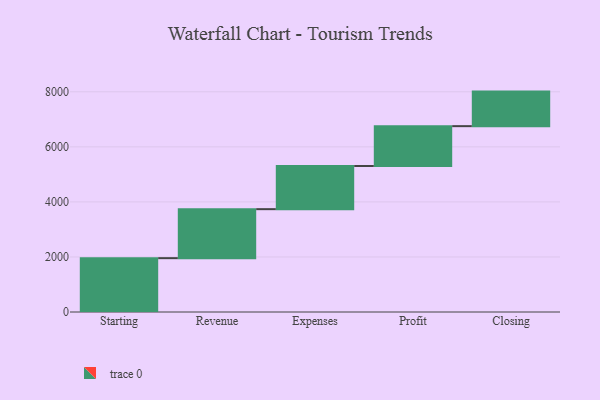
{"axis": {"x": "Step", "y": "Value"}, "legend": [""], "data": [{"x": "Starting", "y": 1956.0, "type": ""}, {"x": "Revenue", "y": 1780.0, "type": ""}, {"x": "Expenses", "y": 1569.0, "type": ""}, {"x": "Profit", "y": 1447.0, "type": ""}, {"x": "Closing", "y": 1255.0, "type": ""}]}